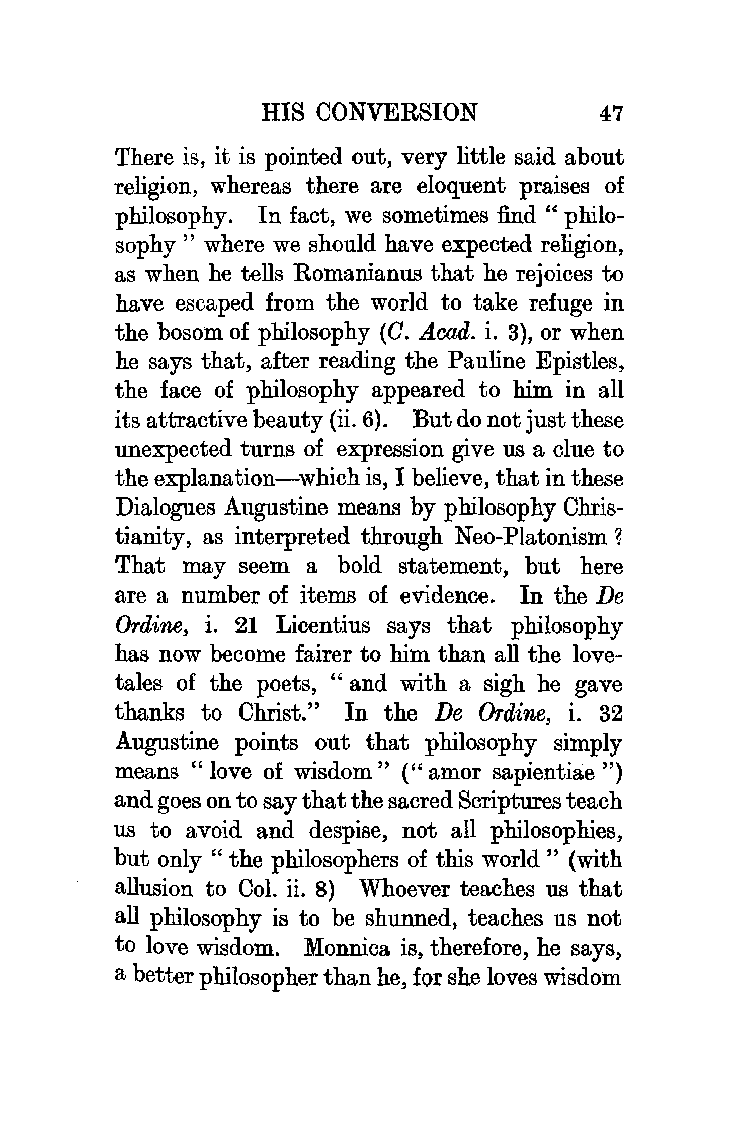
HIS CONVERSION         47
 There is, it is pointed out, very little said about
 religion, whereas there are eloquent praises of
 philosophy. In fact, we sometimes find" philo
 sophy " where we should have expected religion,
 as when he tells Romanianus that he rejoices to
 have escaped from the world to take refuge in
 the bosom of philosophy (0. A.cad. i. 3), or when
 he says that, after reading the Pauline Epistles,
 the face of philosophy appeared to him. in all
 its attractive beauty (ii. 6). But do not just these
 unexpected turns of expression give us a clue to
 the explanation-which is, I believe, that in these
 Dialogues Augustine means by philosophy Chris
 tianity, as interpreted through Neo-Platonism?
 That may seem a bold statement, but here
 are a number of items of evidence. In the De
 Ordine, i. 21 Licentius says that philosophy
 has now become fairer to him than all the love
 tales of the poets, "and with a sigh he gave
 thanks to Christ." In the De Ordine, i. 32
 Augustine points out that philosophy simply
 means "love of wisdom" (" amor sapientiae ")
 and goes on to say that the sacred Scriptures teach
 us to avoid and despise, not all philosophies,
 but only " the philosophers of this world " (with
 allusion to Col. ii. 8) Whoever teaches us that
 all philosophy is to be shunned, teaches us not
 to love wisdom.. Monnica is, therefore, he says,
 a better philosopher than he, for she loves wisdom